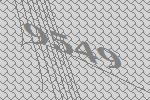
9549